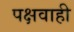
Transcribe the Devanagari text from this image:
पक्षवाही